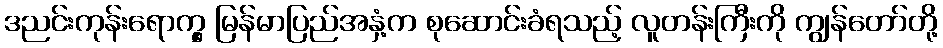
ဒညင်းကုန်းရောက္မှ မြန်မာပြည်အနှံ့က စုဆောင်းခံရသည့် လူတန်းကြီးကို ကျွန်တော်တို့